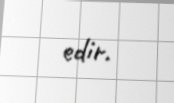
edir.